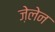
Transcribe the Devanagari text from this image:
ज़ेलेन